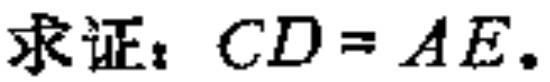
求证：\(CD = AE\)。